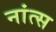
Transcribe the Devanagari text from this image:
नांत्स